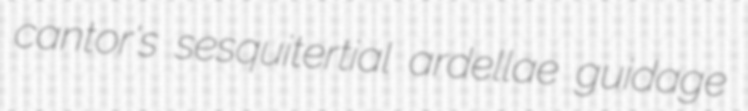
cantor's sesquitertial ardellae guidage